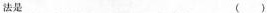
法是()